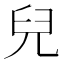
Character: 兒